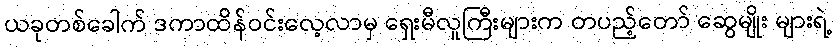
ယခုတစ်ခေါက် ဒကာထိန်ဝင်းလေ့လာမှ ရှေးမီလူကြီးများက တပည့်တော် ဆွေမျိုး များရဲ့